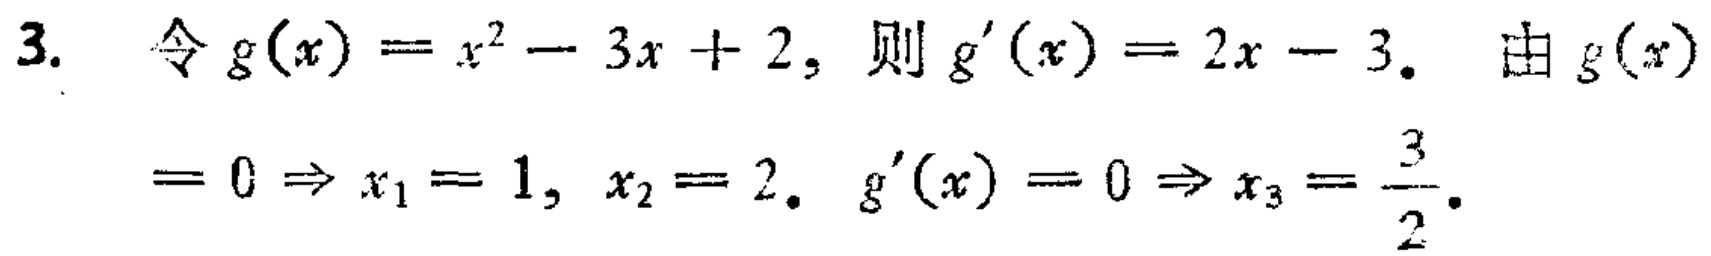
3. 令\(g(x)=x^{2}-3x + 2\)，则\(g^{\prime}(x)=2x - 3\)。由\(g(x)\)
\(=0\Rightarrow x_{1}=1,\ x_{2}=2\)。\(g^{\prime}(x)=0\Rightarrow x_{3}=\frac{3}{2}\)。